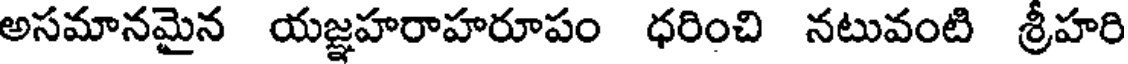
అసమానమైన యజ్ఞహరాహరూపం ధరించి నటువంటి శ్రీహరి